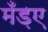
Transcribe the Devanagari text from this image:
मँड़ए